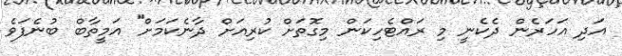
އަދި އަހަރެން ދެކެނީ މި ރައްޓެހިކަން މިގޮތަށް ކުރިއަށް ދާނެކަމަށް'' އަމީތާބް ބުނެފަވެ